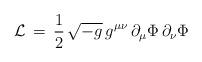
LaTeX: \begin{align*}{\cal L}\,=\,{\frac{1 }{2}}\,\sqrt{-g}\,g^{\mu\nu}\, \partial_{\mu} \Phi\,\partial_{\nu} \Phi\end{align*}